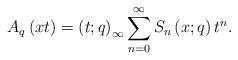
LaTeX: \begin{align*}A_{q}\left(xt\right)=\left(t;q\right)_{\infty}\sum_{n=0}^{\infty}S_{n}\left(x;q\right)t^{n}.\end{align*}